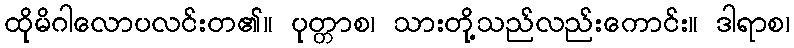
ထိုမိဂါလောပလင်းတ၏။ ပုတ္တာစ၊ သားတို့သည်လည်းကောင်း။ ဒါရာစ၊